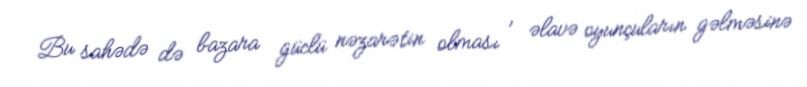
Bu sahədə də bazara güclü nəzarətin olması , əlavə oyunçuların gəlməsinə